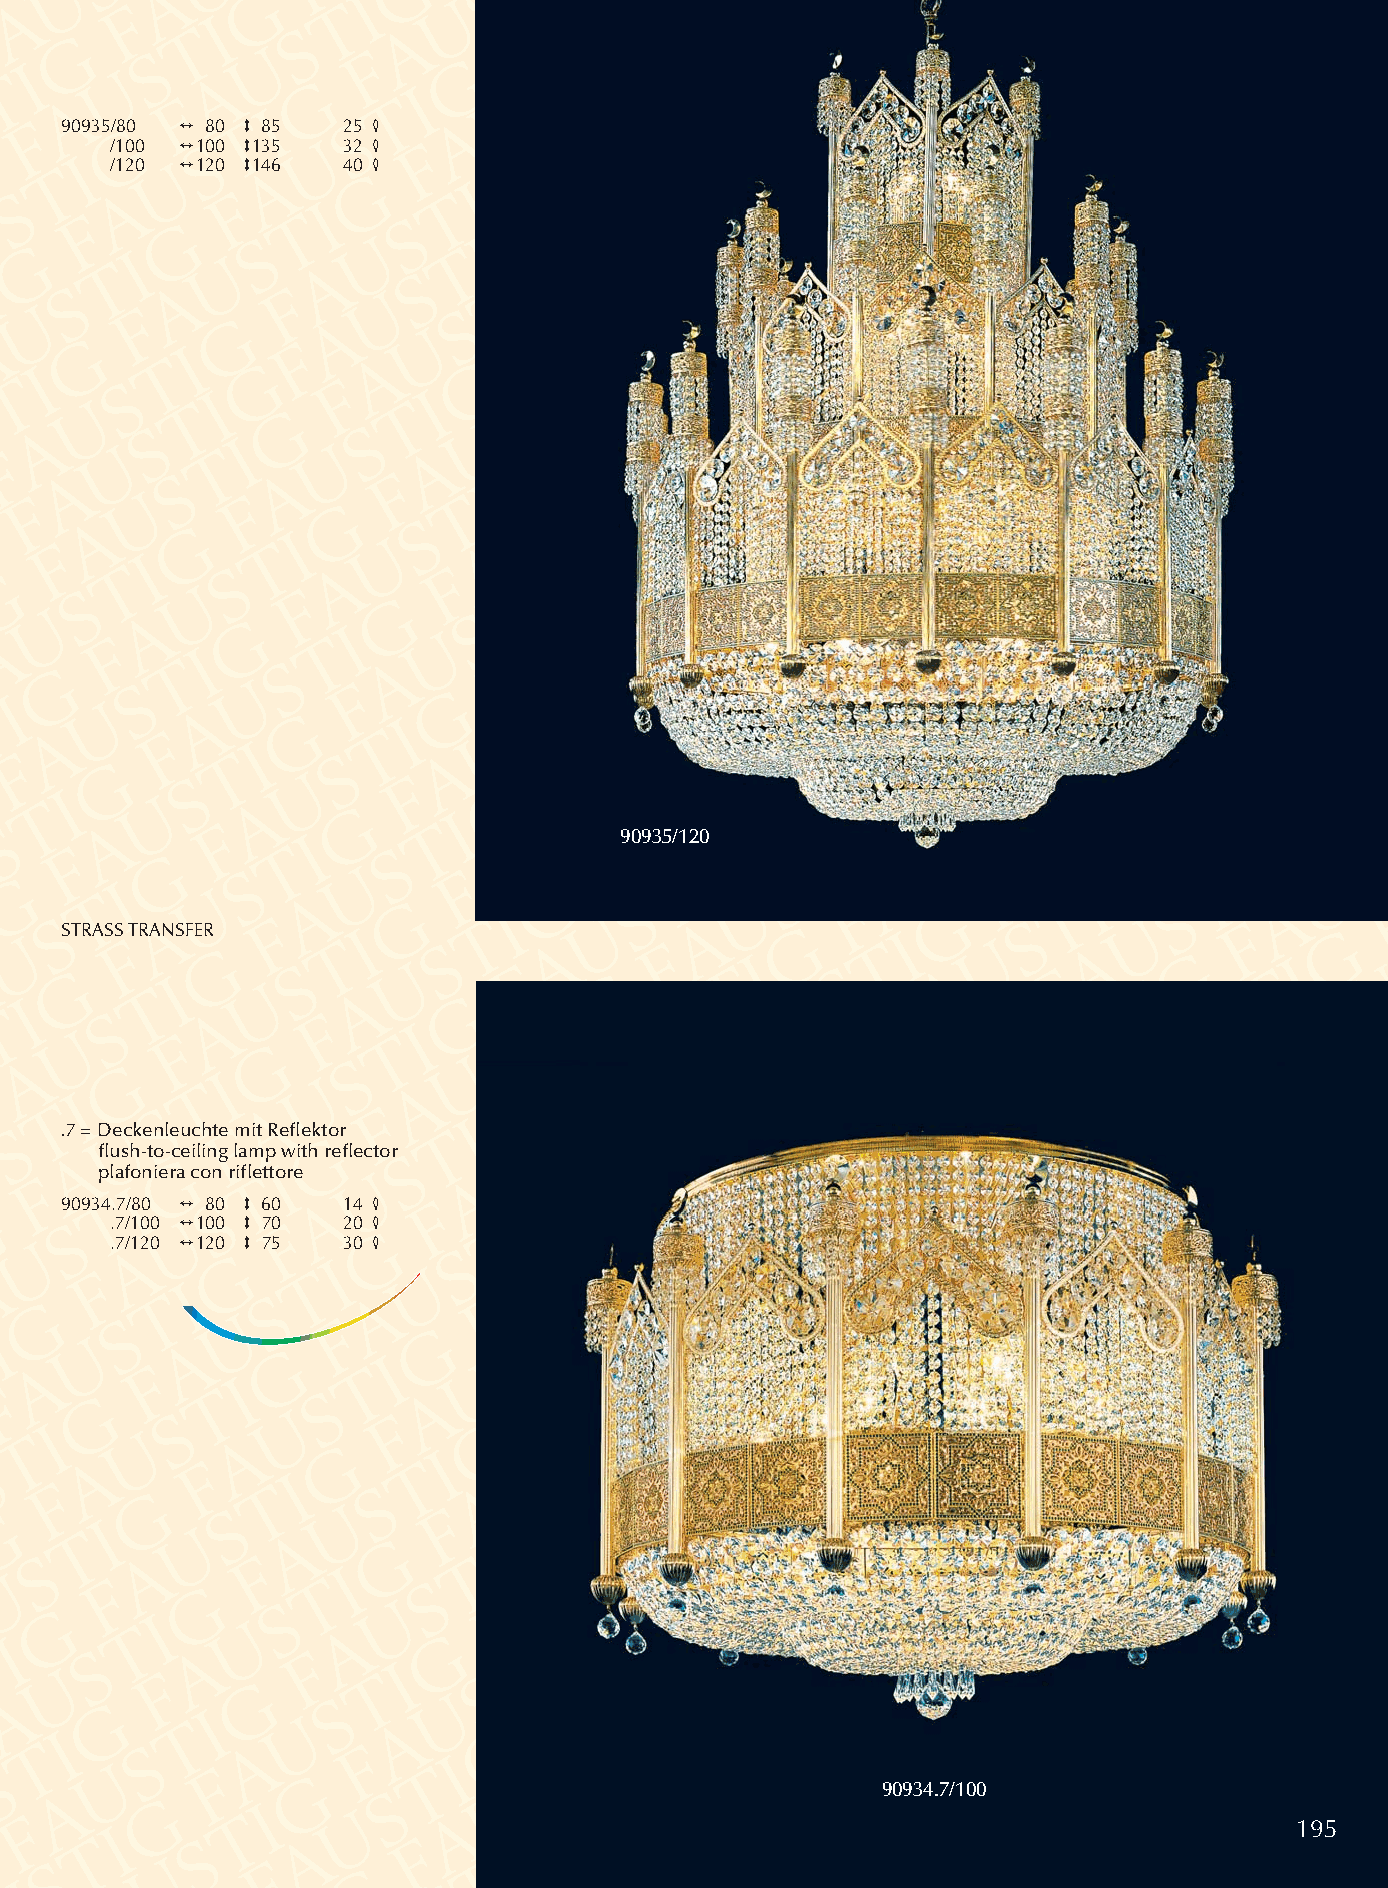
90935/80 2 80 3 85 25 4
 /100 2100 3135  32 4
 /120 2120 3146  40 4
 90935/120
 STRASSTRANSFER
 .7 =Deckenleuchte mit Reflektor
 flush-to-ceiling lamp with reflector
 plafoniera con riflettore
 90934.7/80 2 80 3 60 14 4
 .7/100 2100 3 70 20 4
 .7/120 2120 3 75 30 4
 90934.7/100
 195